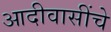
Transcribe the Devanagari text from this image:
आदीवासींचे